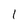
Character: l